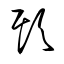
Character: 欺